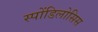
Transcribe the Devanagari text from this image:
स्पोंडिलोसिस